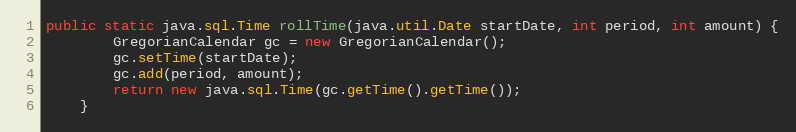
Language: Java
public static java.sql.Time rollTime(java.util.Date startDate, int period, int amount) {
        GregorianCalendar gc = new GregorianCalendar();
        gc.setTime(startDate);
        gc.add(period, amount);
        return new java.sql.Time(gc.getTime().getTime());
    }